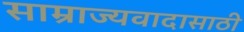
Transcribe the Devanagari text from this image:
साम्राज्यवादासाठी